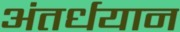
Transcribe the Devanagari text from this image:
अंतर्धयान